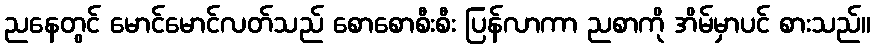
ညနေတွင် မောင်မောင်လတ်သည် စောစောစီးစီး ပြန်လာကာ ညစာကို အိမ်မှာပင် စားသည်။